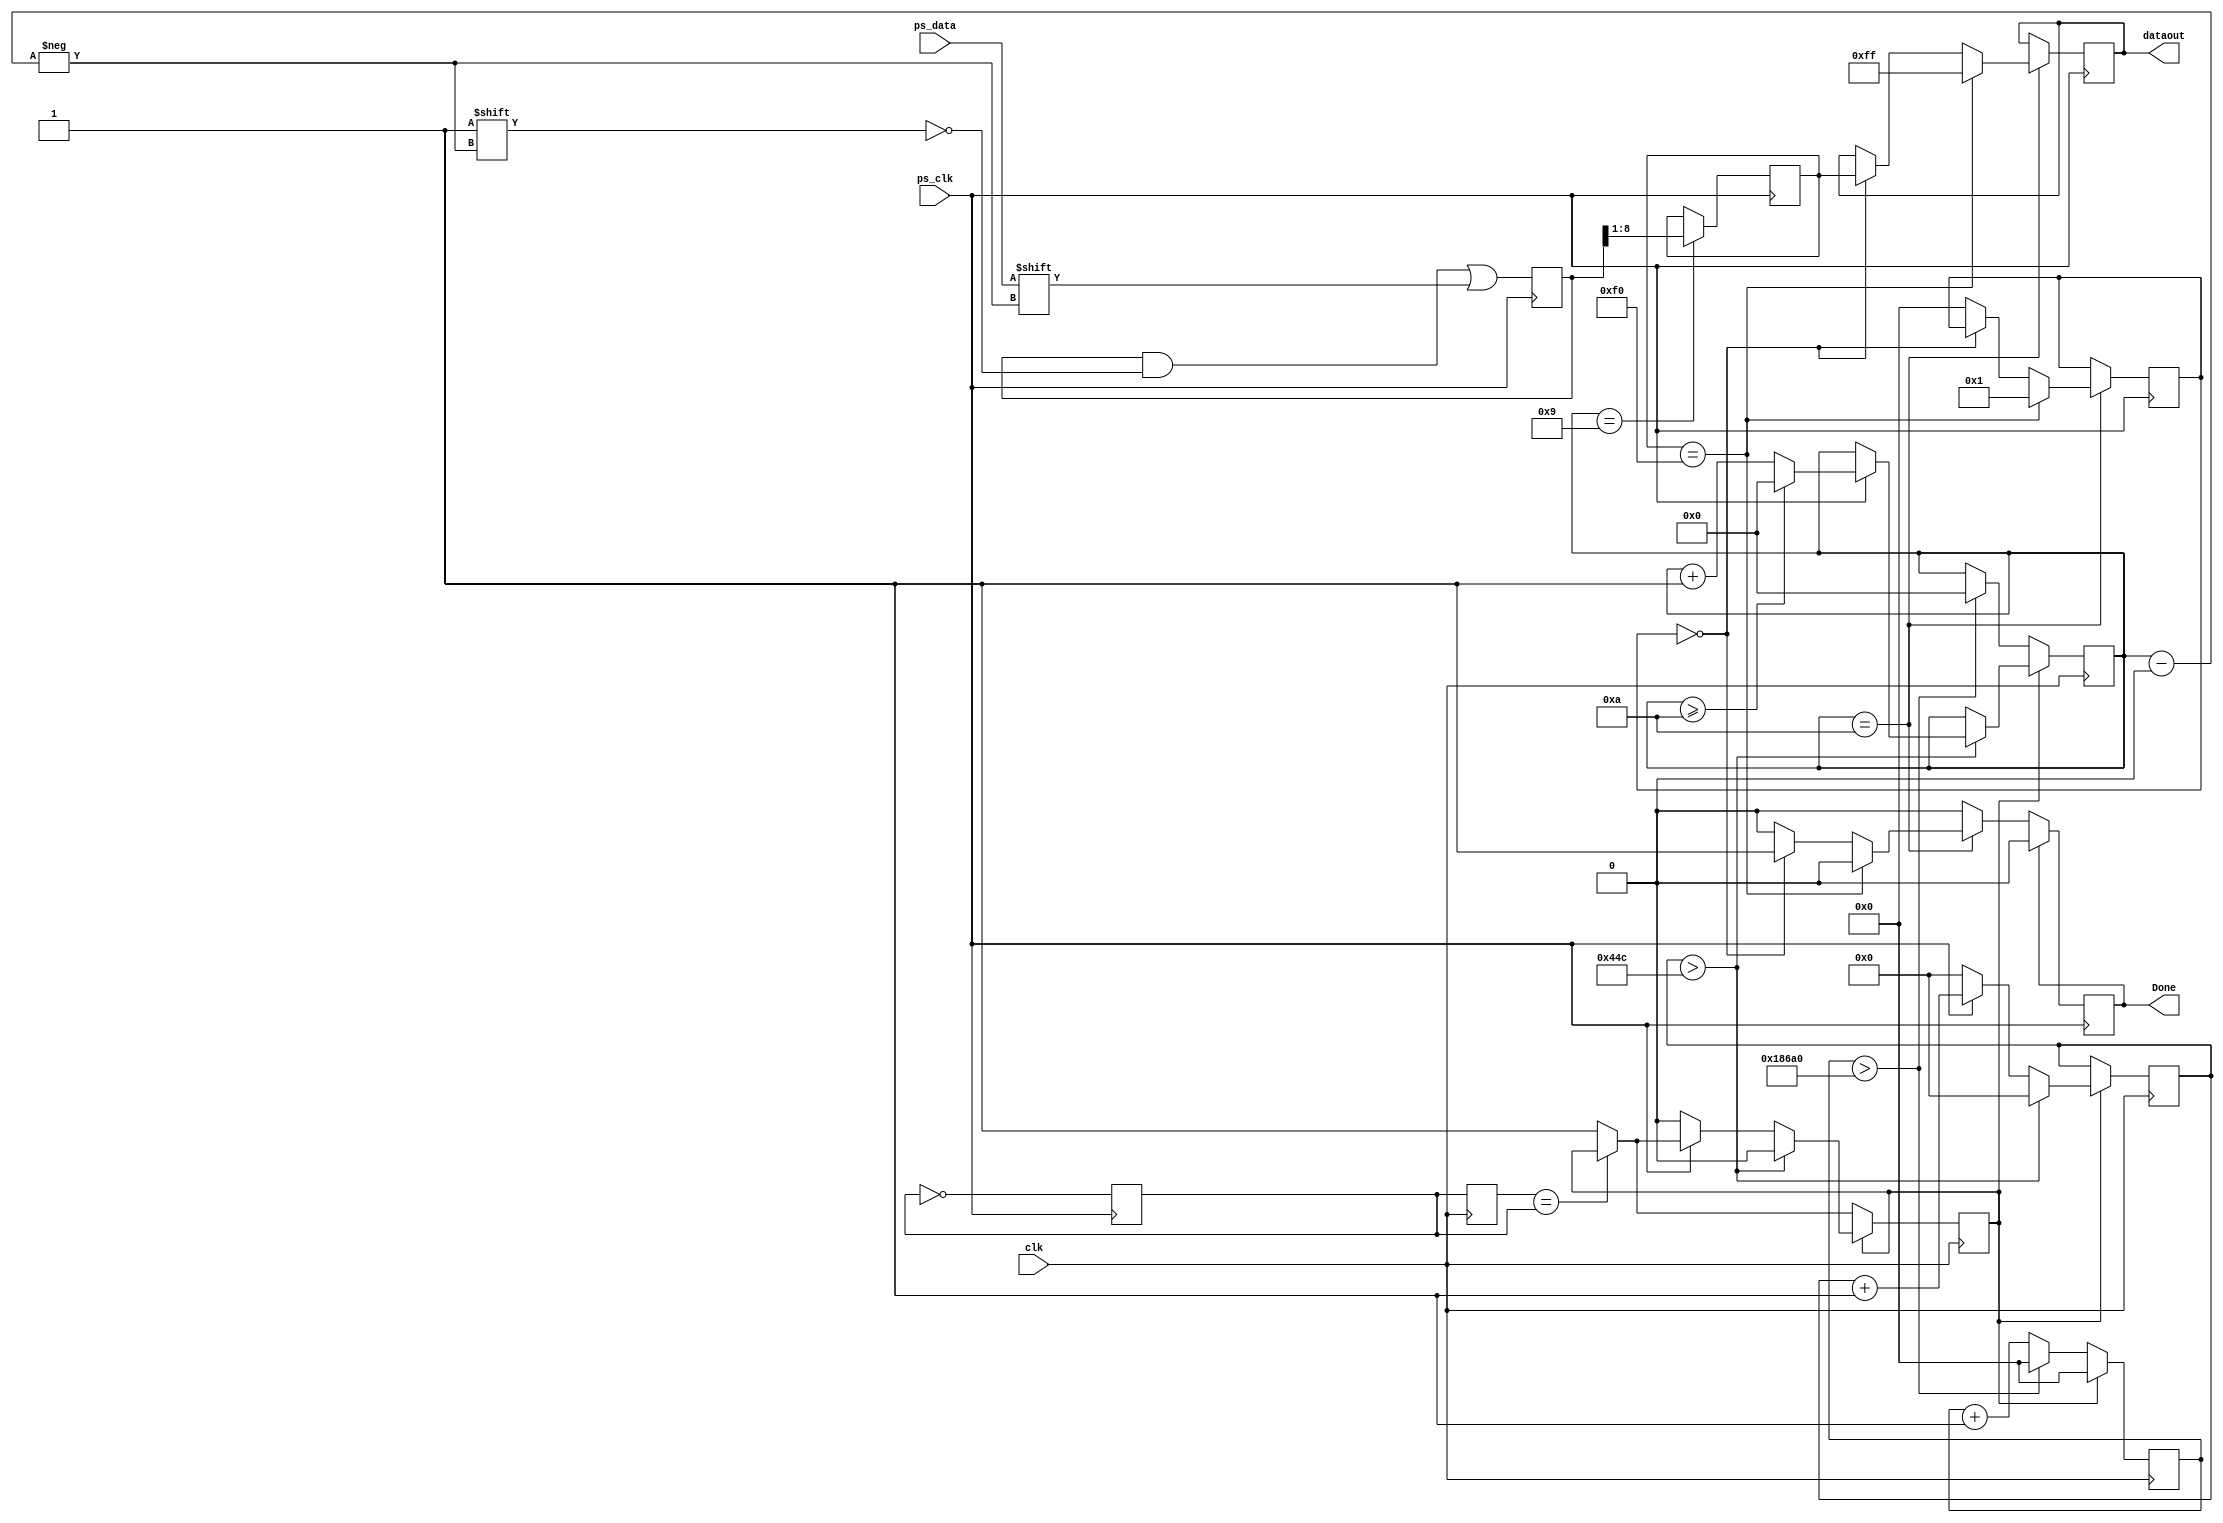
module PS2(clk,ps_clk,ps_data,dataout,Done);
input clk,ps_clk,ps_data;
output [7:0] dataout;
output Done;

reg [3:0] num; //PS_CLK clock counter
	reg [10:0] data_buffer; //receive data buffer
reg [7:0] data_reg1,data_reg2,data_reg3,result;
reg isDone;
reg LastPs2_CLK;
reg CntEn;
reg LastCntEn;
reg En;
reg [15:0]Cnt;
reg [39:0]rstCnt;
reg [39:0]GoFlag;
/************************************/
always @(posedge ps_clk)
 begin 	
	CntEn <= ~CntEn;
 end
 
always @(posedge clk)
 begin 	
 
	LastCntEn <= CntEn;
	if(LastCntEn==CntEn) begin end
	else begin
		En <= 'd1;
	end
	
	if(En) begin
			rstCnt <= 'd0;
			if(ps_clk) Cnt <= Cnt + 'd1;
			else begin Cnt<='d0; En<='d0; end
			if(Cnt>1100) begin
				Cnt <= 'd0;
				En <= 'd0;
				if(ps_clk) begin	
					if(num>=4'd10) num<=4'd0; 
					else num<=num+4'd1;	
				end
			end 	
	end
	else begin
		rstCnt <= rstCnt + 'd1;
		if(rstCnt>100000) begin
			num<=4'd0;
			rstCnt <= 'd0;
		end
	end
	
 end 
 
/**************Reading data from the falling edge***********************/
always @(negedge ps_clk)
   begin
     data_buffer[num]<=ps_data;
  end
/**********Judge whether buttons released******************/
always @(posedge ps_clk)
  begin 

    case (num)
      4'd9:data_reg1<=data_buffer[8:1];
      4'd10:
			begin
			   if(data_reg1=='hf0) begin
					result<='hff;
					GoFlag <= 'd1;
			   end
			   else begin
					if(GoFlag==0) begin
							isDone <= 'd1;
							result <= data_reg1;
					end 
					else begin
						GoFlag <= 'd0;	
					end
			   end
			end
			
    endcase

	if(isDone) isDone<='d0;
    
  end
assign dataout=result;
assign Done=isDone;


endmodule